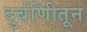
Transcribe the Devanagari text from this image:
दुर्बणिीतून